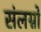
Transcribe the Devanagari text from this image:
संलग्नो